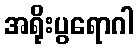
အရိုးပွရောဂါ